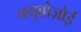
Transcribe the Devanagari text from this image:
क्युबोज़ोई